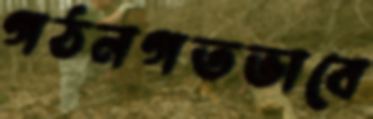
গঠনগতভাবে